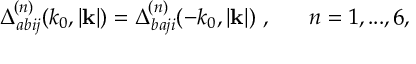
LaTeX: \Delta _ { a b i j } ^ { ( n ) } ( k _ { 0 } , | { \bf k } | ) = \Delta _ { b a j i } ^ { ( n ) } ( - k _ { 0 } , | { \bf k } | ) \ , ~ ~ ~ ~ ~ n = 1 , . . . , 6 ,